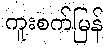
ကူးစက်မြန်